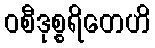
ဝစီဒုစ္စရိတေဟိ